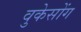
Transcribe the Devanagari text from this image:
वुकेसोंग